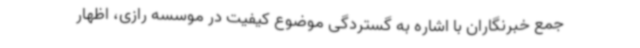
جمع خبرنگاران با اشاره به گستردگی موضوع کیفیت در موسسه رازی، اظهار